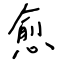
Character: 愈